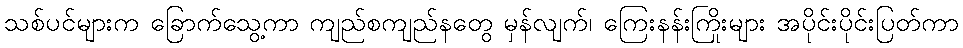
သစ်ပင်များက ခြောက်သွေ့ကာ ကျည်စကျည်နတွေ မှန်လျက်၊ ကြေးနန်းကြိုးများ အပိုင်းပိုင်းပြတ်ကာ